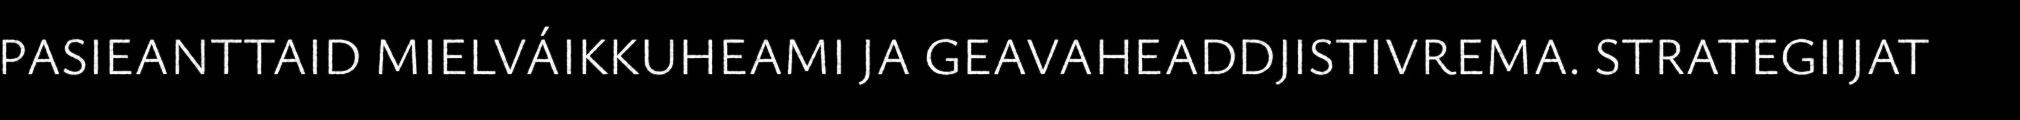
PASIEANTTAID MIELVÁIKKUHEAMI JA GEAVAHEADDJISTIVREMA. STRATEGIIJAT